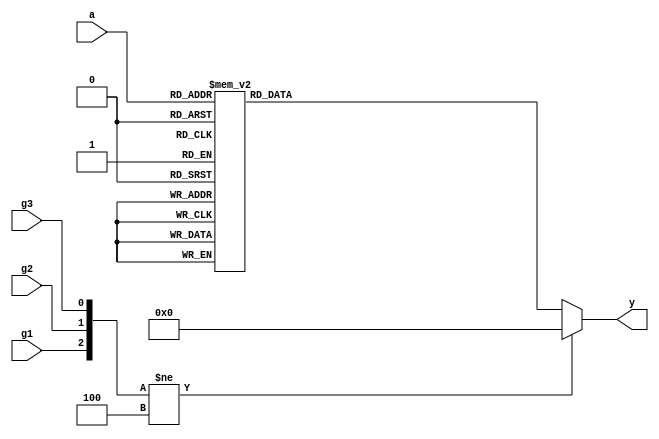
module  decoder3_8(
        input         [ 2: 0]  a                        ,//a,[2:0]
        input                  g1                       ,//1
        input                  g2                       ,//2
        input                  g3                       ,//3
        output  reg   [ 7: 0]  y                         //y[7:0]
);
//=====================================================================\
// ********** Define Parameter and Internal Signals *************
//=====================================================================/




//======================================================================
// ***************      Main    Code    ****************
//======================================================================
always  @(*) begin
        if({g1,g2,g3} != 3'b100) //g1 g2 g3100
           y        <=      8'h00;
        else 
           case(a)
              3'b000:   y       <=      8'b0000_0001; 
              3'b001:   y       <=      8'b0000_0010; 
              3'b010:   y       <=      8'b0000_0100; 
              3'b011:   y       <=      8'b0000_1000; 
              3'b100:   y       <=      8'b0001_0000; 
              3'b101:   y       <=      8'b0010_0000; 
              3'b110:   y       <=      8'b0100_0000; 
              3'b111:   y       <=      8'b1000_0000; 
           endcase
end





endmodule